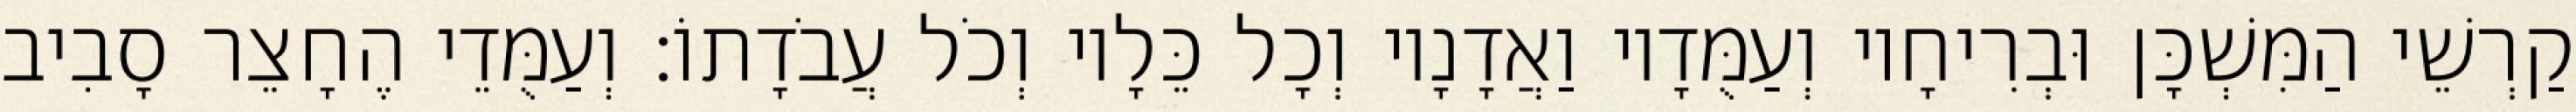
קַרְשֵׁי הַמִּשְׁכָּן וּבְרִיחָיו וְעַמֻּדָיו וַאֲדָנָיו וְכָל כֵּלָיו וְכֹל עֲבֹדָתוֹ׃ וְעַמֻּדֵי הֶחָצֵר סָבִיב